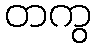
တကွ